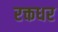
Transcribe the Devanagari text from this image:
रक्तधर